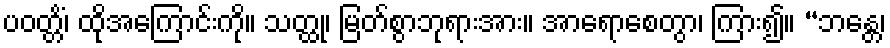
ပဝတ္တိံ၊ ထိုအကြောင်းကို။ သတ္ထု၊ မြတ်စွာဘုရားအား။ အာရောစေတွာ၊ ကြား၍။ “ဘန္တေ၊